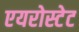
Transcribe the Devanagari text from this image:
एयरोस्टेट